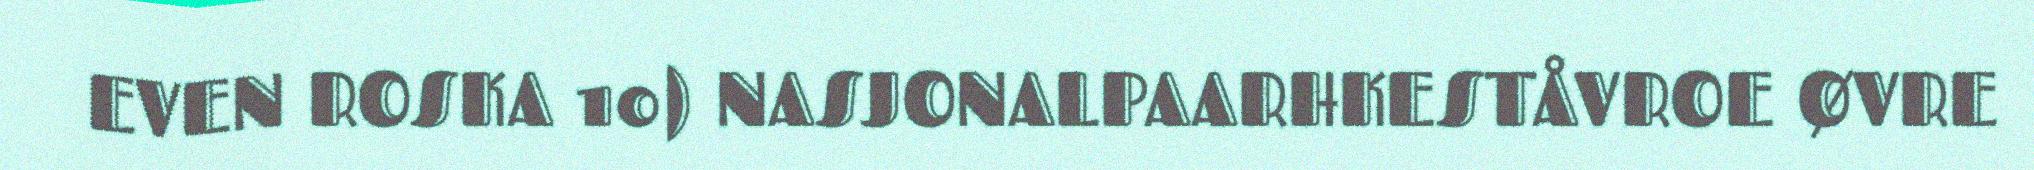
EVEN ROSKA 10) NASJONALPAARHKESTÅVROE ØVRE